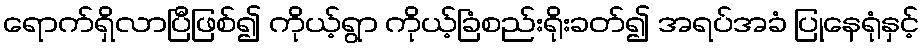
ရောက်ရှိလာပြီဖြစ်၍ ကိုယ့်ရွာ ကိုယ့်ခြံစည်းရိုးခတ်၍ အရပ်အခံ ပြုနေရုံနှင့်